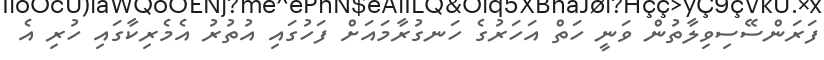
ފަރަންސޭސިވިލާތުން ވަނީ ހަތް އަހަރުގެ ހަނގުރާމައަށް ފަހުގައި އުތުރު އެމެރިކާގައި ހުރި އެ